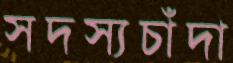
সদস্যচাঁদা